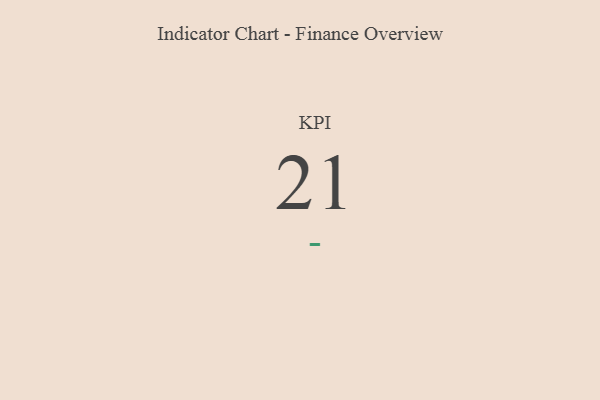
{"axis": {"x": "KPI", "y": "Value"}, "legend": [""], "data": [{"x": "KPI", "y": 21, "type": ""}]}